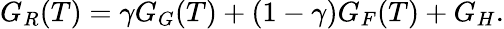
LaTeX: G_{R}(T)=\gamma{G_{G}(T)}+(1-\gamma)G_{F}(T)+G_{H}.